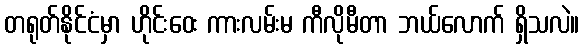
တရုတ်နိုင်ငံမှာ ဟိုင်းဝေး ကားလမ်းမ ကီလိုမီတာ ဘယ်လောက် ရှိသလဲ။